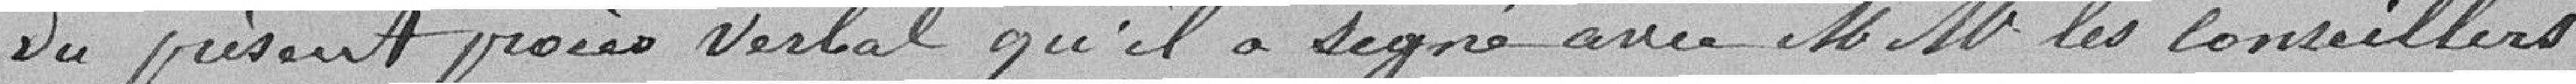
du présent procès-verbal qu'il a signé avec Messieurs les Conseillers